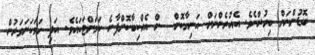
ބޮޑުންނަށް ބިރުންނެވެ. އެއުރެންނަށް އަނިޔާކޮށް  ން އެއްކިބާކޮށްފާނެ ކަމަށްޓަކައެވެ. އަދި ހަމަކަށަވަރުން